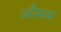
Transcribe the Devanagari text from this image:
औसम